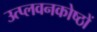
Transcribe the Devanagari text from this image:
उत्प्लवनकोष्ठों